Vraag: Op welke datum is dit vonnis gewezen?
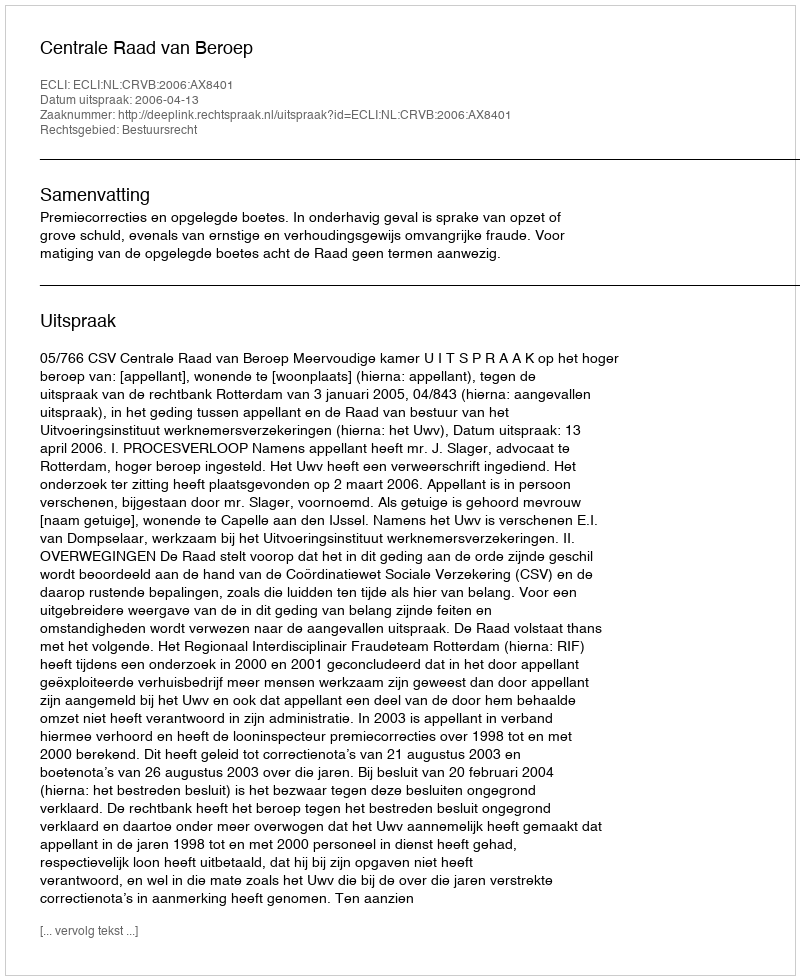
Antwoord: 2006-04-13